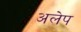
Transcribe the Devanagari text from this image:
अलेप